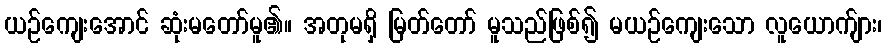
ယဉ်ကျေးအောင် ဆုံးမတော်မူ၏။ အတုမရှိ မြတ်တော် မူသည်ဖြစ်၍ မယဉ်ကျေးသော လူယောက်ျား၊